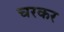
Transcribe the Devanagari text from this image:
चरकर